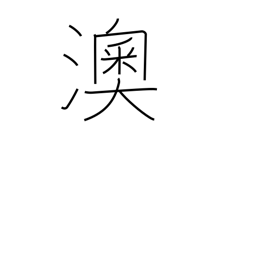
Meaning: curving shoreline